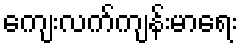
ကျေးလက်ကျန်းမာရေး